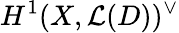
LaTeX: H^{1}(X,{\mathcal{L}}(D))^{\vee}